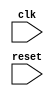
module timing_control_sync_blocks (
  input wire clk,
  input wire reset,
  // Add input and output ports as needed
  
  // Define modules for clock generation, reset synchronization, clock domain crossing synchronizers
  
  // Add code for protocols for controlling the AHB bus interface, managing data transfers, and maintaining proper timing
  
  // Add code for accessing memory and other peripherals on the bus
  
  // Add any other necessary code
  
);

  // Implementation of timing control and synchronization blocks
  
endmodule